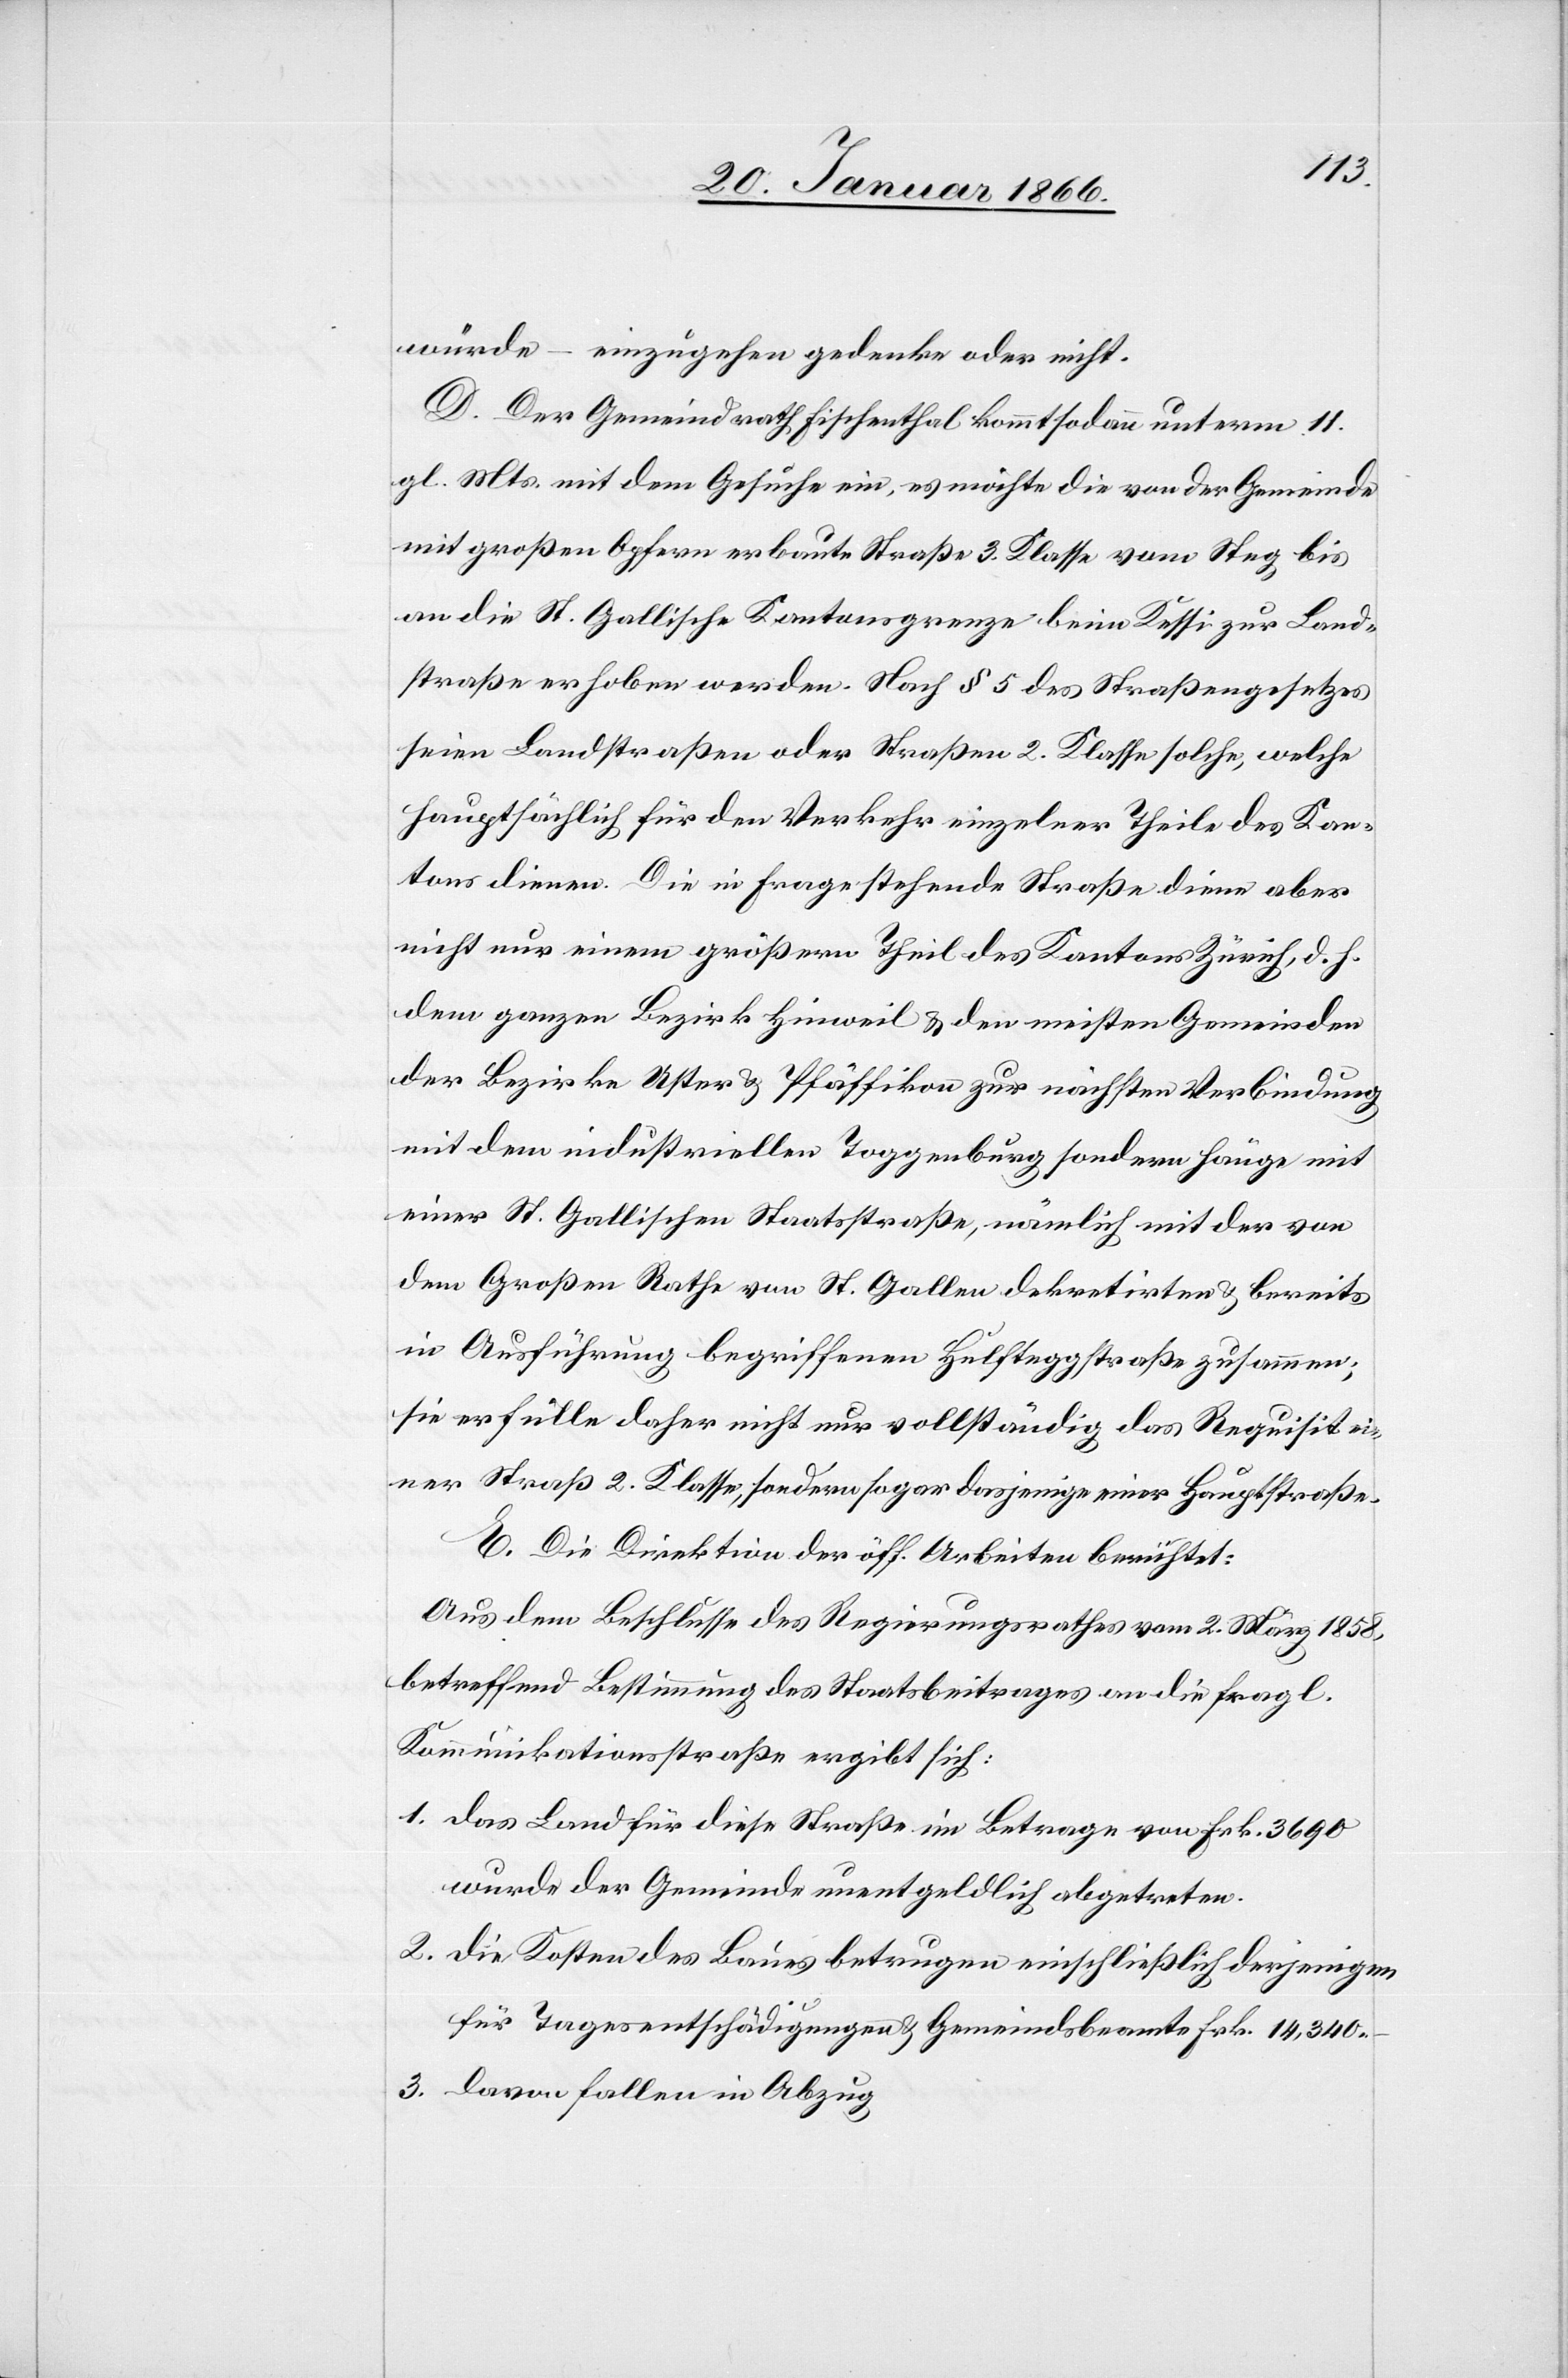
würde – einzugehen gedenke oder nicht.
D. Der Gemeindrath Fischenthal kommt sodann unterm 11.
gl. Mts. mit dem Gesuche ein, es möchte die von der Gemeinde
mit großen Opfern erbaute Straße 3. Klasse vom Steg bis
an die St. Gallische Kantonsgrenze beim Kessi zur Land¬
straße erhoben werden. Nach § 5 des Straßengesetzes
seien Landstraßen oder Straßen 2. Klasse solche, welche
hauptsächlich für den Verkehr einzelner Theile des Kan¬
tons dienen. Die in Frage stehende Straße diene aber
nicht nur einem größern Theil des Kantons Zürich, d. h.
dem ganzen Bezirk Hinweil u. den meisten Gemeinden
der Bezirke Uster u. Pfäffikon zur nächsten Verbindung
mit dem industriellen Toggenburg, sondern hänge mit
einer St. Gallischen Staatsstraße, nördlich mit der von
dem Großen Rathe von St. Gallen dekretirten u. bereits
in Ausführung begriffenen Hulfteggstraße zusammen;
sie erfülle daher nicht nur vollständig das Requisit ei¬
ner Straße 2. Klasse, sondern sogar dasjenige einer Hauptstraße.
E. Die Direktion der öff. Arbeiten berichtet:
Aus dem Beschlusse des Regierungsrathes vom 2. März 1858,
betreffend Bestimmung des Staatsbeitrages an die fragl.
Kommunikationsstraße ergibt sich:
1. das Land für diese Straße im Betrage von Frk. 3690
wurde der Gemeinde unentgeltlich abgetreten.
2. die Kosten des Baues betragen einschließlich derjenigen
für Tagesentschädigungen u. Gemeindsbeamte Fr. 14,340.–
3. daran fallen in Abzug